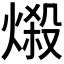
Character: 𪹤